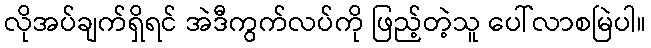
လိုအပ်ချက်ရှိရင် အဲဒီကွက်လပ်ကို ဖြည့်တဲ့သူ ပေါ်လာစမြဲပါ။